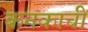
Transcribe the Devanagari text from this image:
कनकाची